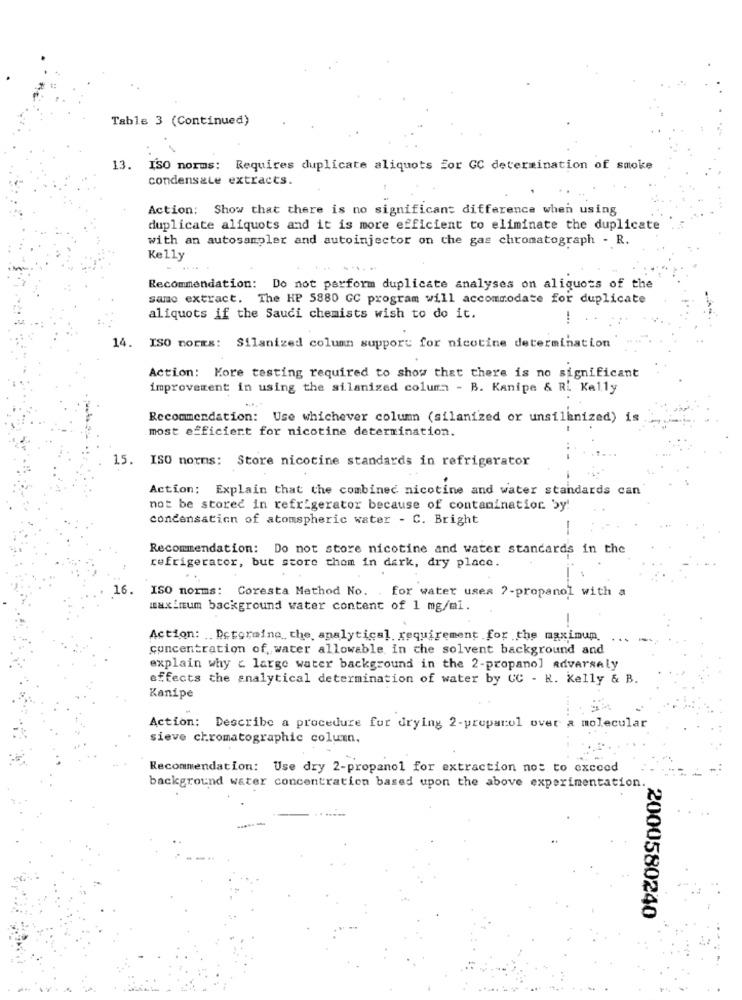
Table 3 (Continued)
13. ISO norms: Requires duplicate aliquots for GC determination of smoke
condensale extracts.
Action: Show that there is no significant difference when using
duplicate aliquots and it is more efficient to eliminate the duplicate
with an autosampler and autoinjector on the gas chromatograph - R.
Kelly
Recommendation: Do not perform duplicate analyses on aliquots of the
samo extract. The HP 5880 GC program will accommodate for duplicate
aliquots if the Saudi chemists wish to do it.
14. ISO norEs: Silanized column support for nicotine determination
Action: Kore testing required to show that there is no significant
improvement in using the silanized column - B. Kanipe & Ri Kelly
Recommendation: Use whichever column (silanized or unsilknized) is
most efficient for nicotine determination.
15.
ISO norms: Store nicotine standards in refrigerator
Action: Explain that the combined nicotine and water standards can
not be stored in refrigerator because of contamination by!
condensation of atomspheric water - C. Bright
-
Recommendation: Do not store nicotine and water standards in the
refrigerator, but store them in dark, dry place.
16. ISO norms: Coresta Method No. . for water uses 2-propanol with a
maximum background water content of 1 mg/ml.
-
Action: . Determine the analytical requirement for the maximum
concentration of water allowable in the solvent background and
explain why < large water background in the 2-propanol advarsely
effects the analytical determination of water by UC - R. Kelly & B.
Kanipe
Action: Describe a procedure fur drying 2-preparol over a molecular
sieve chromatographic column.
Recommendation: Use dry 2-propanol for extraction not to exceed
background water concentration based upon the above experimentation.
2000580240